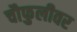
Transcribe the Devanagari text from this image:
चौफुलीवर